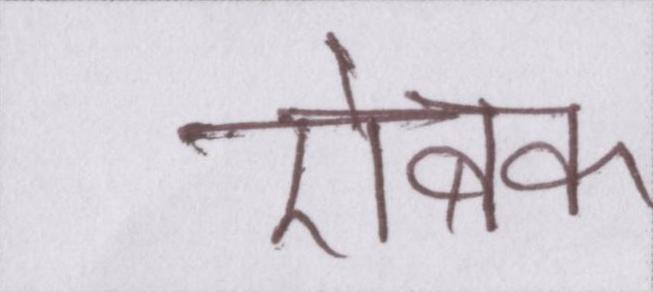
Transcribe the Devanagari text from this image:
ऐबक